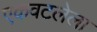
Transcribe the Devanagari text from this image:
एकवटलेला